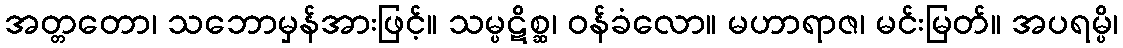
အတ္တတော၊ သဘောမှန်အားဖြင့်။ သမ္ပဋိစ္ဆ၊ ဝန်ခံလော။ မဟာရာဇ၊ မင်းမြတ်။ အပရမ္ပိ၊